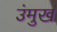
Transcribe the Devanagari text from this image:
उंमुख